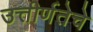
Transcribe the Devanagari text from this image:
उत्तीर्णतेचे